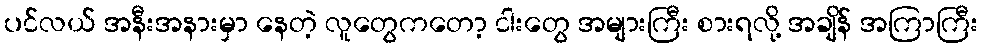
ပင်လယ် အနီးအနားမှာ နေတဲ့ လူတွေကတော့ ငါးတွေ အများကြီး စားရလို့ အချိန် အကြာကြီး